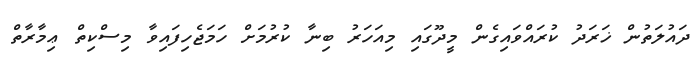
ދައުލަތުން ޚަރަދު ކުރައްވައިގެން މީދޫގައި މިއަހަރު ބިނާ ކުރުމަށް ހަމަޖެހިފައިވާ މިސްކިތް ޢިމާރާތް